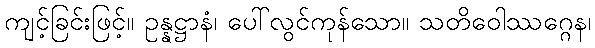
ကျင့်ခြင်းဖြင့်။ ဥန္နဋ္ဌာနံ၊ ပေါ်လွင်ကုန်သော။ သတိဝေါဿဂ္ဂေန၊